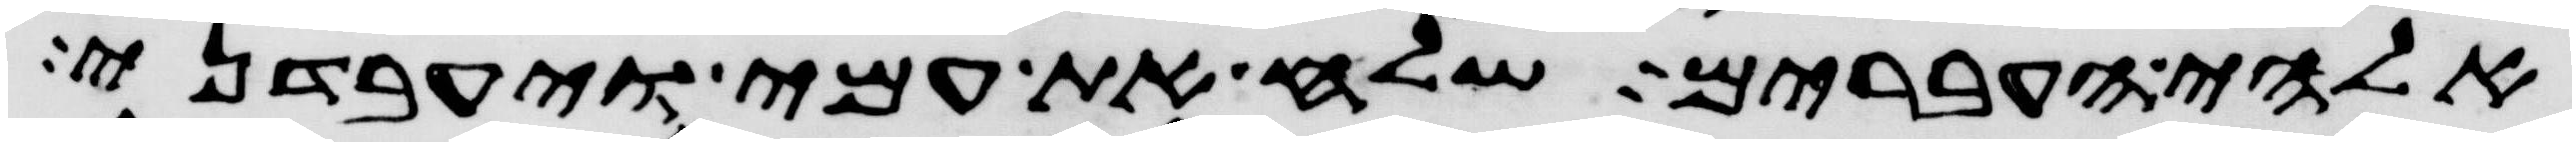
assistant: אלהי העברים שלח את עמי ויעבדני